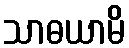
သာဓယာမိ